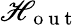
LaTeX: \mathscr{H}_{\mathrm{{~o~u~t~}}}